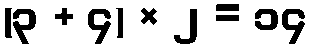
(၃ + ၄) × ၂ = ၁၄